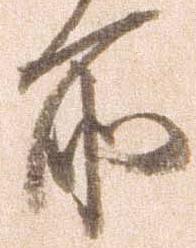
所